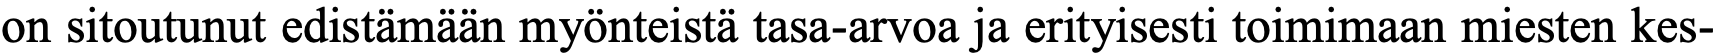
on sitoutunut edistämään myönteistä tasa-arvoa ja erityisesti toimimaan miesten kes-